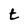
Character: t